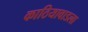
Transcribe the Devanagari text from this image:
काठियावाडला